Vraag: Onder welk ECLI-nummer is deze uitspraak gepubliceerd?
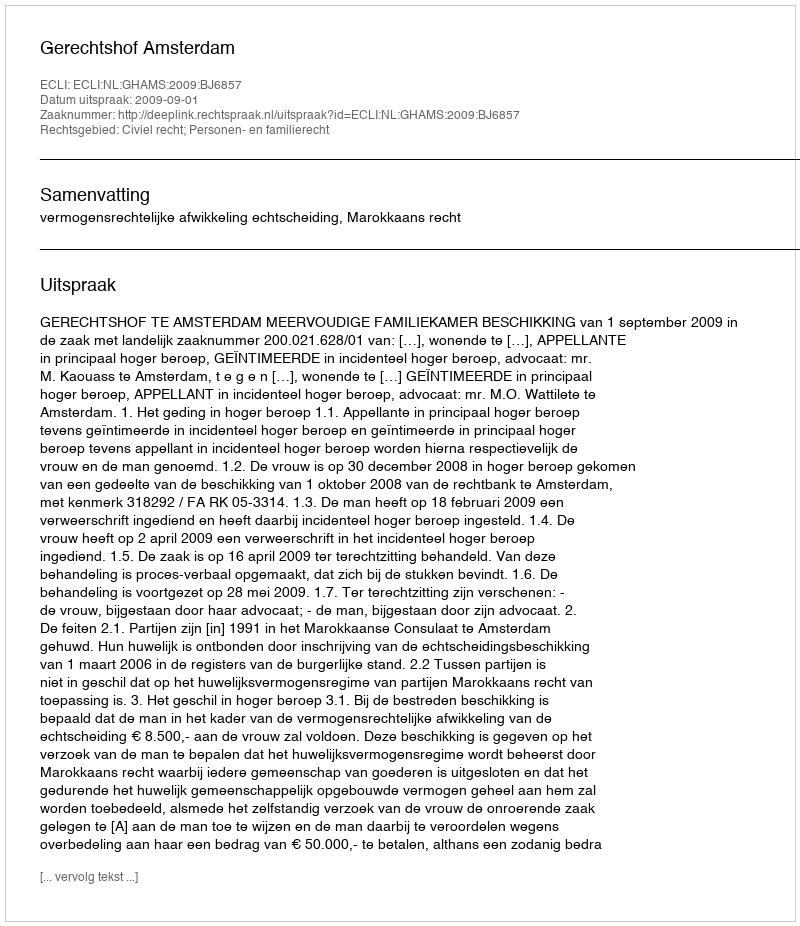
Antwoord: ECLI:NL:GHAMS:2009:BJ6857